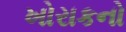
ખોરાકનો